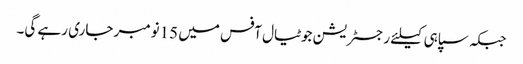
جبکہ سپاہی کیلئے رجسٹریشن جوٹیال آفس میں 15نومبر جاری رہے گی۔